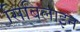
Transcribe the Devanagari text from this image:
सिबिलाइन